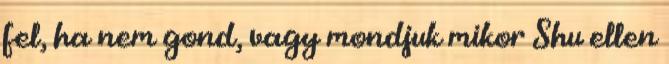
fel, ha nem gond, vagy mondjuk mikor Shu ellen